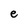
Character: e